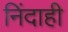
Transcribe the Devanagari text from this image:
निंदाही